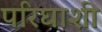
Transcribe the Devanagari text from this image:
परिघाशी